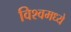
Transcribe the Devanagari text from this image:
विश्वमध्ये